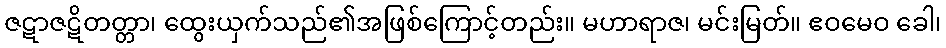
ဇဋာဇဋိတတ္တာ၊ ထွေးယှက်သည်၏အဖြစ်ကြောင့်တည်း။ မဟာရာဇ၊ မင်းမြတ်။ ဧဝမေဝ ခေါ၊